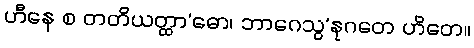
ဟီနေ စ တတိယတ္ထာ’ဓော၊ ဘာဂေသွ’နုဂတေ ဟိတေ။